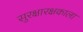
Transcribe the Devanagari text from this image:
सुरक्षारक्षकाला